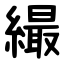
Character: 繓